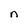
Character: n